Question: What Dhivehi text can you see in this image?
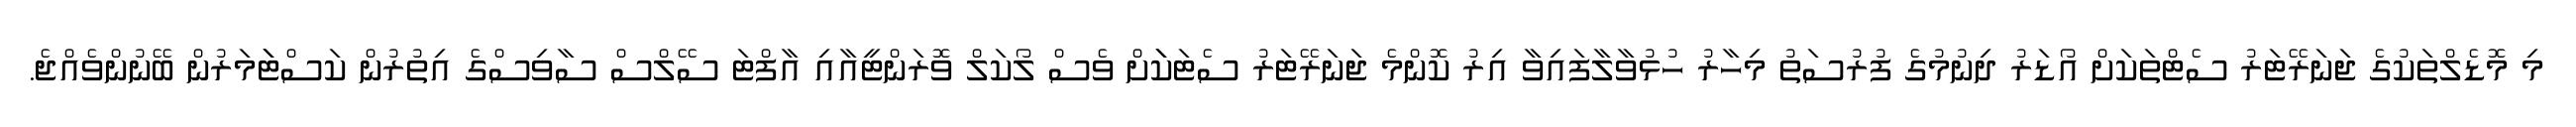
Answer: މި މޮޑެލްތަކުގެ ޖަނަރޭޓަރު ސެޓްތަކަށް އޯޑަރު ދިނުމުގެ ފުރުސަތު މިހާރު ހުޅުވާލާފައިވާ އިރު ކޮންމެ ޖަނަރޭޓަރު ސެޓަކަަށް ވެސް ލޯކަލް ވޮރަންޓީއާއި އާފްޓަ ސޭލްސް ސާވިސްގެ އިތުރުން ކަސްޓަަމަރުން ބޭނުންވެއްޖެ.